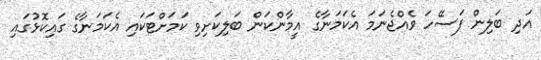
އަދި ބަލިން ފަސޭހަ ވެއްޖެނަމަ އެކަމަނާގެ އީމާންކަން ބަލިކަށިވި ކަމަށްޓަކައި އެކަމަނާގެ ގައިކޮޅުގައި